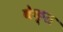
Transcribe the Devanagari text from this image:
वेक्त